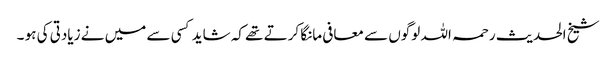
شیخ الحدیث رحمہ اللہ لوگوں سے معافی مانگا کرتے تھے کہ شاید کسی سے میں نے زیادتی کی ہو ۔